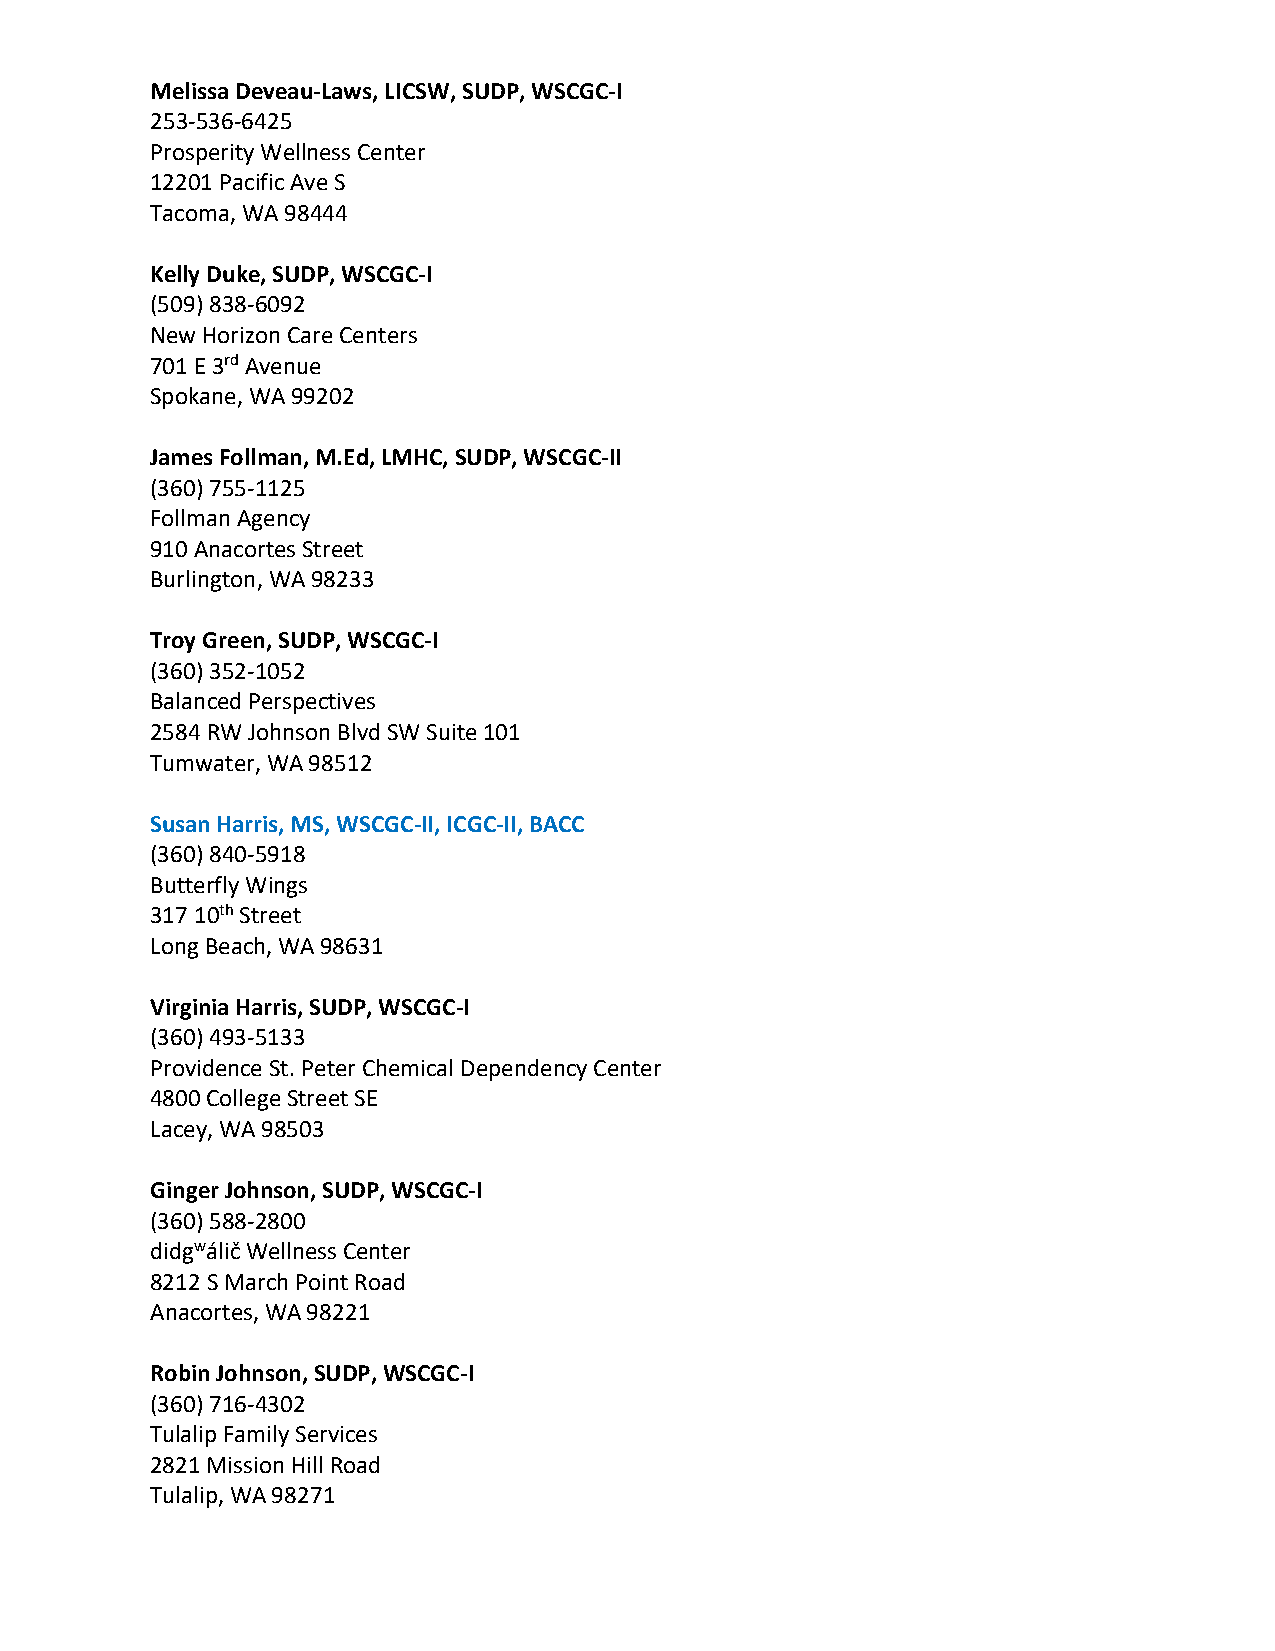
Melissa Deveau-Laws, LICSW, SUDP, WSCGC-I
 253-536-6425
 Prosperity Wellness Center
 12201 Pacific Ave S
 Tacoma, WA 98444
 Kelly Duke, SUDP, WSCGC-I
 (509) 838-6092
 New Horizon Care Centers
 701 E 3rd Avenue
 Spokane, WA 99202
 James Follman, M.Ed, LMHC, SUDP, WSCGC-II
 (360) 755-1125
 Follman Agency
 910 Anacortes Street
 Burlington, WA 98233
 Troy Green, SUDP, WSCGC-I
 (360) 352-1052
 Balanced Perspectives
 2584 RW Johnson Blvd SW Suite 101
 Tumwater, WA 98512
 Susan Harris, MS, WSCGC-II, ICGC-II, BACC
 (360) 840-5918
 Butterfly Wings
 317 10th Street
 Long Beach, WA 98631
 Virginia Harris, SUDP, WSCGC-I
 (360) 493-5133
 Providence St. Peter Chemical Dependency Center
 4800 College Street SE
 Lacey, WA 98503
 Ginger Johnson, SUDP, WSCGC-I
 (360) 588-2800
 didgwálič Wellness Center
 8212 S March Point Road
 Anacortes, WA 98221
 Robin Johnson, SUDP, WSCGC-I
 (360) 716-4302
 Tulalip Family Services
 2821 Mission Hill Road
 Tulalip, WA 98271